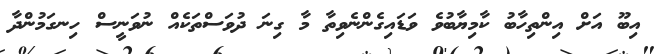
އިބޫ އަށް އިންތިހާބު ކާމިޔާބުވެ ވަޑައިގެންނެވިތާ މާ ގިނަ ދުވަސްތަކެއް ނުވަނީސް ހިނގަމުންދާ